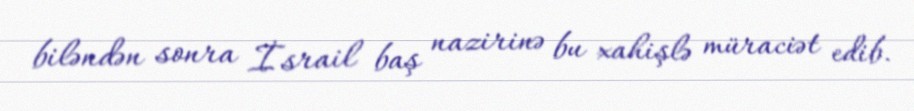
biləndən sonra İsrail baş nazirinə bu xahişlə müraciət edib.